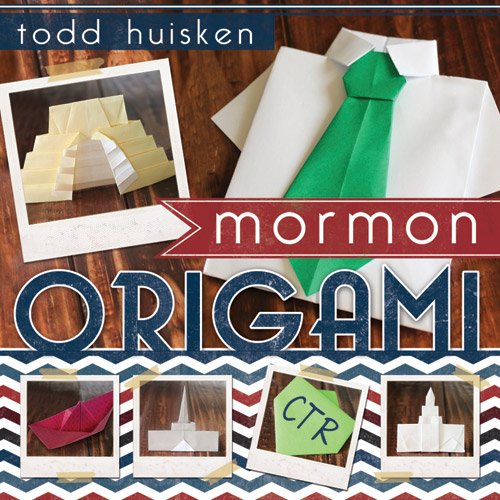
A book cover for Mormon Origami; Todd Huisken; Christian Books & Bibles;